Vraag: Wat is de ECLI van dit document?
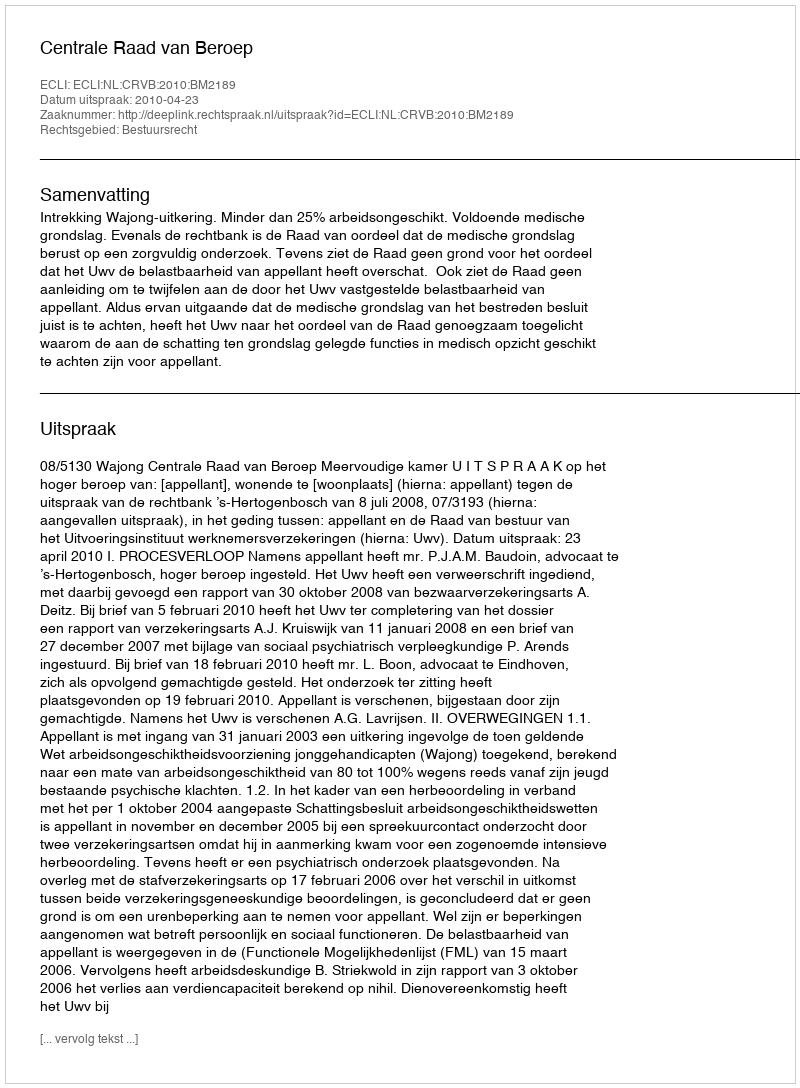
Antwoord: ECLI:NL:CRVB:2010:BM2189